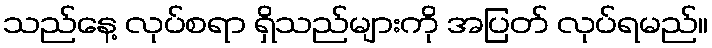
သည်နေ့ လုပ်စရာ ရှိသည်များကို အပြတ် လုပ်ရမည်။